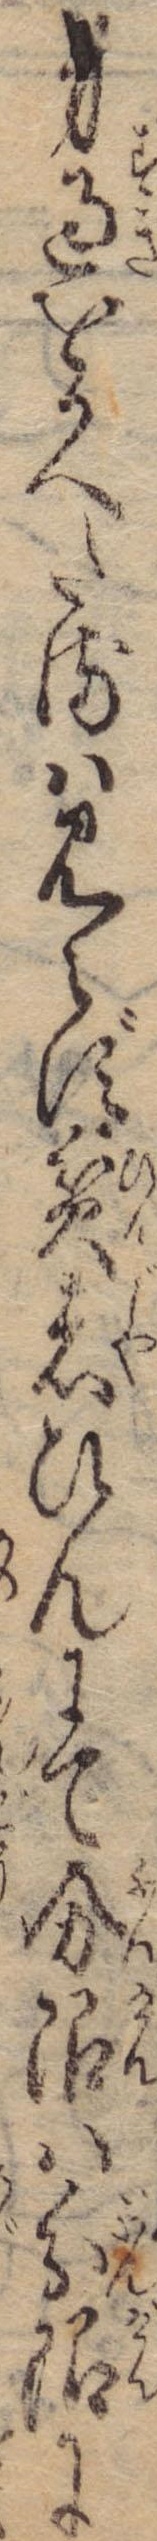
身過をかへたるは見えず貧者ひんにて分限は分限に